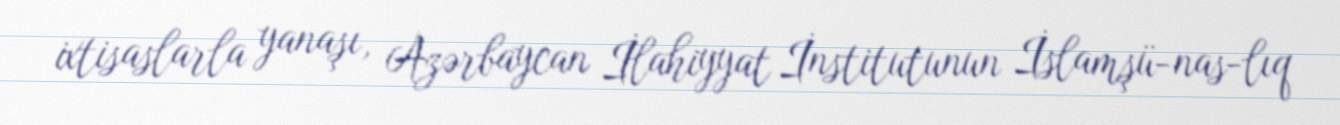
ixtisaslarla yanaşı, Azərbaycan İlahiyyat İnstitutunun İslamşü­nas­lıq